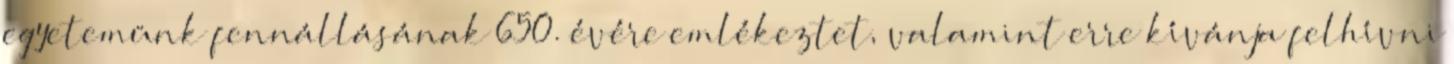
egyetemünk fennállásának 650. évére emlékeztet, valamint erre kívánja felhívni